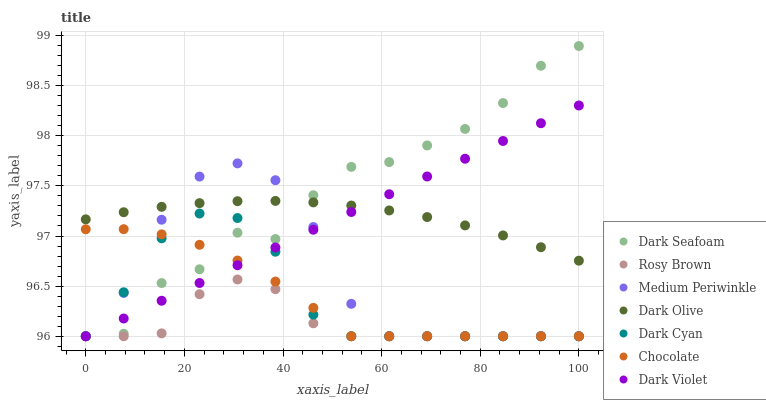
| xaxis_label | Dark Seafoam | Rosy Brown | Medium Periwinkle | Dark Olive | Dark Cyan | Chocolate | Dark Violet |
 | --- | --- | --- | --- | --- | --- | --- | --- |
 | 0 | 96 | 96 | 96 | 97.2 | 96 | 97.1 | 96 |
 | 7.69 | 96 | 96 | 96.4 | 97.2 | 96.4 | 97.1 | 96.2 |
 | 15.4 | 96.5 | 96 | 97.2 | 97.3 | 97 | 97 | 96.4 |
 | 23.1 | 96.7 | 96.4 | 97.6 | 97.3 | 97.2 | 96.9 | 96.5 |
 | 30.8 | 97 | 96.6 | 97.7 | 97.3 | 97.2 | 96.8 | 96.7 |
 | 38.5 | 97 | 96.5 | 97.6 | 97.4 | 96.8 | 96.5 | 96.9 |
 | 46.2 | 97.4 | 96.1 | 97.1 | 97.3 | 96.2 | 96.3 | 97.1 |
 | 53.8 | 97.7 | 96 | 96.3 | 97.3 | 96 | 96 | 97.2 |
 | 61.5 | 97.7 | 96 | 96 | 97.3 | 96 | 96 | 97.4 |
 | 69.2 | 97.9 | 96 | 96 | 97.2 | 96 | 96 | 97.6 |
 | 76.9 | 98.1 | 96 | 96 | 97.1 | 96 | 96 | 97.8 |
 | 84.6 | 98.3 | 96 | 96 | 97 | 96 | 96 | 97.9 |
 | 92.3 | 98.7 | 96 | 96 | 96.9 | 96 | 96 | 98.1 |
 | 100 | 98.9 | 96 | 96 | 96.8 | 96 | 96 | 98.3 |